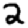
Digit: 2